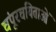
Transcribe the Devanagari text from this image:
चंपूरचयिताओं